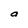
Character: a